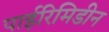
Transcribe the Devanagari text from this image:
पाईरिमिडीन